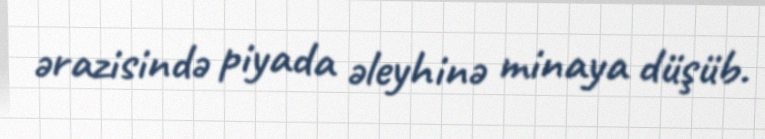
ərazisində piyada əleyhinə minaya düşüb.